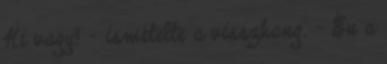
Ki vagy? – ismételte a visszhang. – Én a